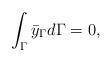
LaTeX: \begin{align*}\int_{\Gamma }^{} \bar{y}_\Gamma d\Gamma =0,\end{align*}